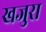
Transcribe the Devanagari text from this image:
खजुरा